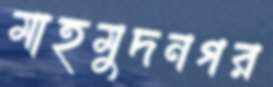
মাহমুদনগর